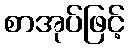
စာအုပ်ဖြင့်